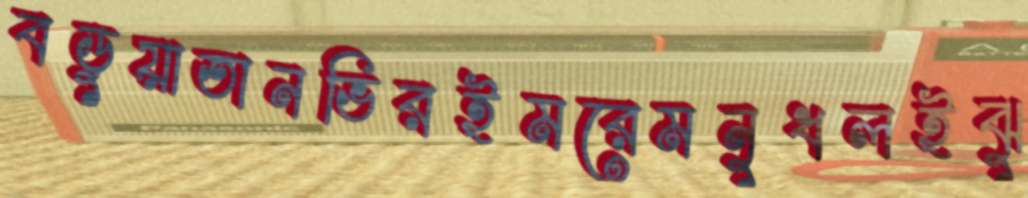
বডুয়াতানভিরইমরেমনুধলইঝু